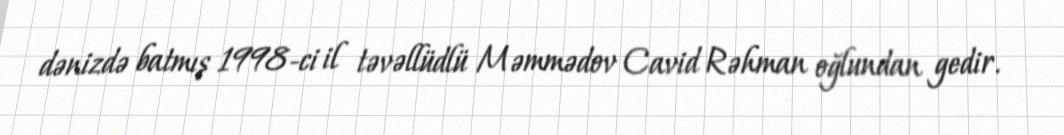
dənizdə batmış 1998-ci il təvəllüdlü Məmmədov Cavid Rəhman oğlundan gedir.